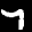
Label: 7